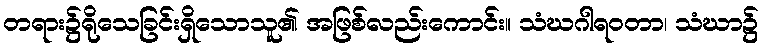
တရား၌ရိုသေခြင်းရှိသောသူ၏ အဖြစ်လည်းကောင်း။ သံဃဂါရဝတာ၊ သံဃာ၌